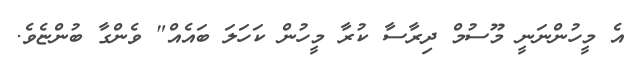
އެ މީހުންނަނީ މޫސުމް ދިރާސާ ކުރާ މީހުން ކަހަލަ ބައެއް" ވެންގާ ބުންޏެވެ.